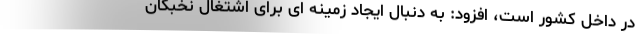
در داخل کشور است، افزود: به دنبال ایجاد زمینه ای برای اشتغال نخبگان